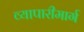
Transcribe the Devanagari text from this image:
व्यापारीमार्ग